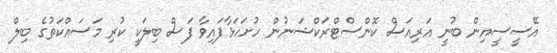
އޭސީސީއިން ބުނީ އަރިއަސް ކޮންސްޓްރަކްޝަނުން ހުށަހަޅާފައިވާ ފަސް ބިލަކީ ކުރި މަސައްކަތުގެ ބިލް